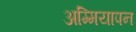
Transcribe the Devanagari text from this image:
अम्मियापन